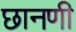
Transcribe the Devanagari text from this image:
छानणी